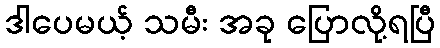
ဒါပေမယ့် သမီး အခု ပြောလို့ရပြီ